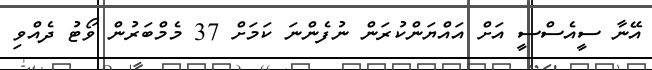
އޭނާ ސީއެސްސީ އަށް އައްޔަންކުރަން ނުފެންނަ ކަމަށް 37 މެމްބަރުން ވޯޓު ދެއްވި